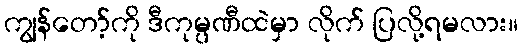
ကျွန်တော့်ကို ဒီကုမ္ပဏီထဲမှာ လိုက် ပြလို့ရမလား။